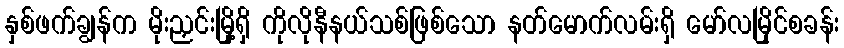
နှစ်ဖက်ချွန်က မိုးညှင်းမြို့ရှိ ကိုလိုနီနယ်သစ်ဖြစ်သော နတ်မောက်လမ်းရှိ မော်လမြိုင်စခန်း